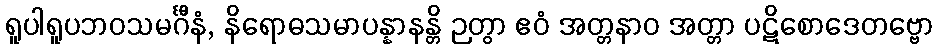
ရူပါရူပဘဝသမင်္ဂီနံ, နိရောဓသမာပန္နာနန္တိ ဉတွာ ဧဝံ အတ္တနာဝ အတ္တာ ပဋိစောဒေတဗ္ဗော